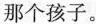
那个孩子.